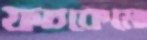
ফচকেমো